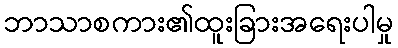
ဘာသာစကား၏ထူးခြားအရေးပါမှု